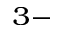
^ { 3 - }